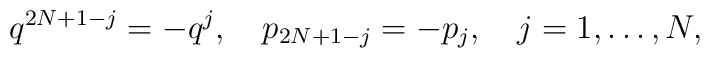
q^{2N+1-j}=-q^j,\quad p_{2N+1-j}=-p_j,\quad j=1,\ldots,N,